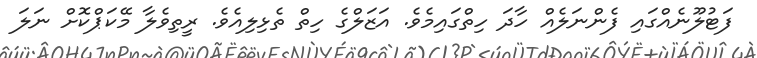
ފަޓުލޫނެއްގައި ފެންނަލެއް ހާދަ ހިތްގައިމެވެ. އަޒަލްގެ ހިތް ތެޅިލިއެވެ. ރީތިވެލާ މޭކަޕްކޮށް ނަލަ